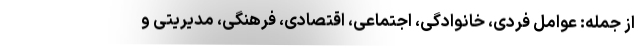
از جمله: عوامل فردی، خانوادگی، اجتماعی، اقتصادی، فرهنگی، مدیریتی و